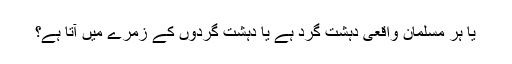
یا ہر مسلمان واقعی دہشت گرد ہے یا دہشت گردوں کے زمرے میں آتا ہے؟